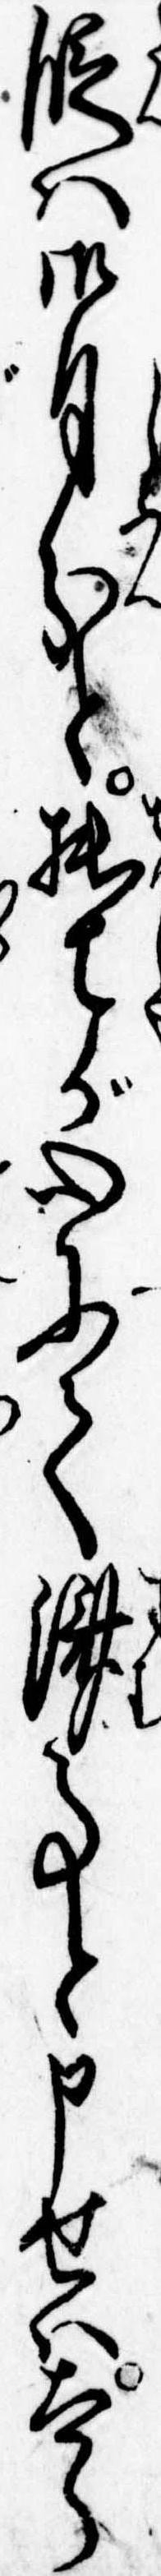
段は御自分と拙者が心にて済事と申せは太郎